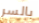
بالسر